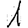
Digit: 1